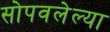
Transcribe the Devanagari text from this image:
सोपवलेल्या